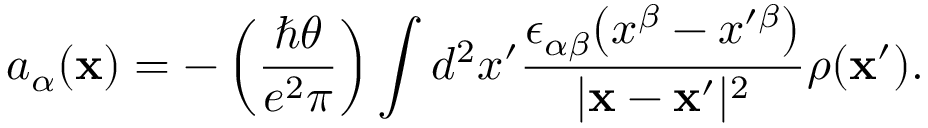
a _ { \alpha } ( { \bf x } ) = - \left( { \frac { \hbar \theta } { e ^ { 2 } \pi } } \right) \int d ^ { 2 } x ^ { \prime } { \frac { \epsilon _ { \alpha \beta } \bigl ( x ^ { \beta } - x ^ { \prime \beta } \bigr ) } { \vert { \bf x } - { \bf x } ^ { \prime } \vert ^ { 2 } } } \rho ( { \bf x } ^ { \prime } ) .